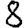
Digit: 8